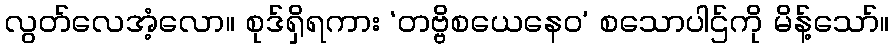
လွတ်လေအံ့လော။ စုဒ်ရှိရကား ‘တဗ္ဗိစယေနေဝ’ စသောပါဌ်ကို မိန့်သော်။